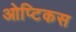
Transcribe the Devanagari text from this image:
ओप्टिकस